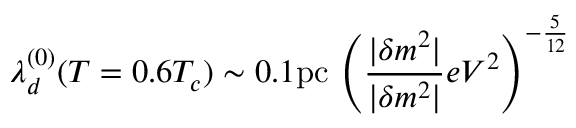
\lambda _ { d } ^ { ( 0 ) } ( T = 0 . 6 T _ { c } ) \sim 0 . 1 \mathrm { p c } \, \left( \frac { | \delta m ^ { 2 } | } { | \delta m ^ { 2 } | } { e V ^ { 2 } } \right) ^ { - \frac { 5 } { 1 2 } }